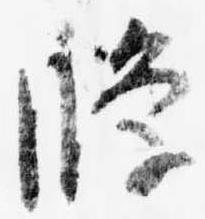
条